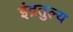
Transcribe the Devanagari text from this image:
इंद्रतुल्य